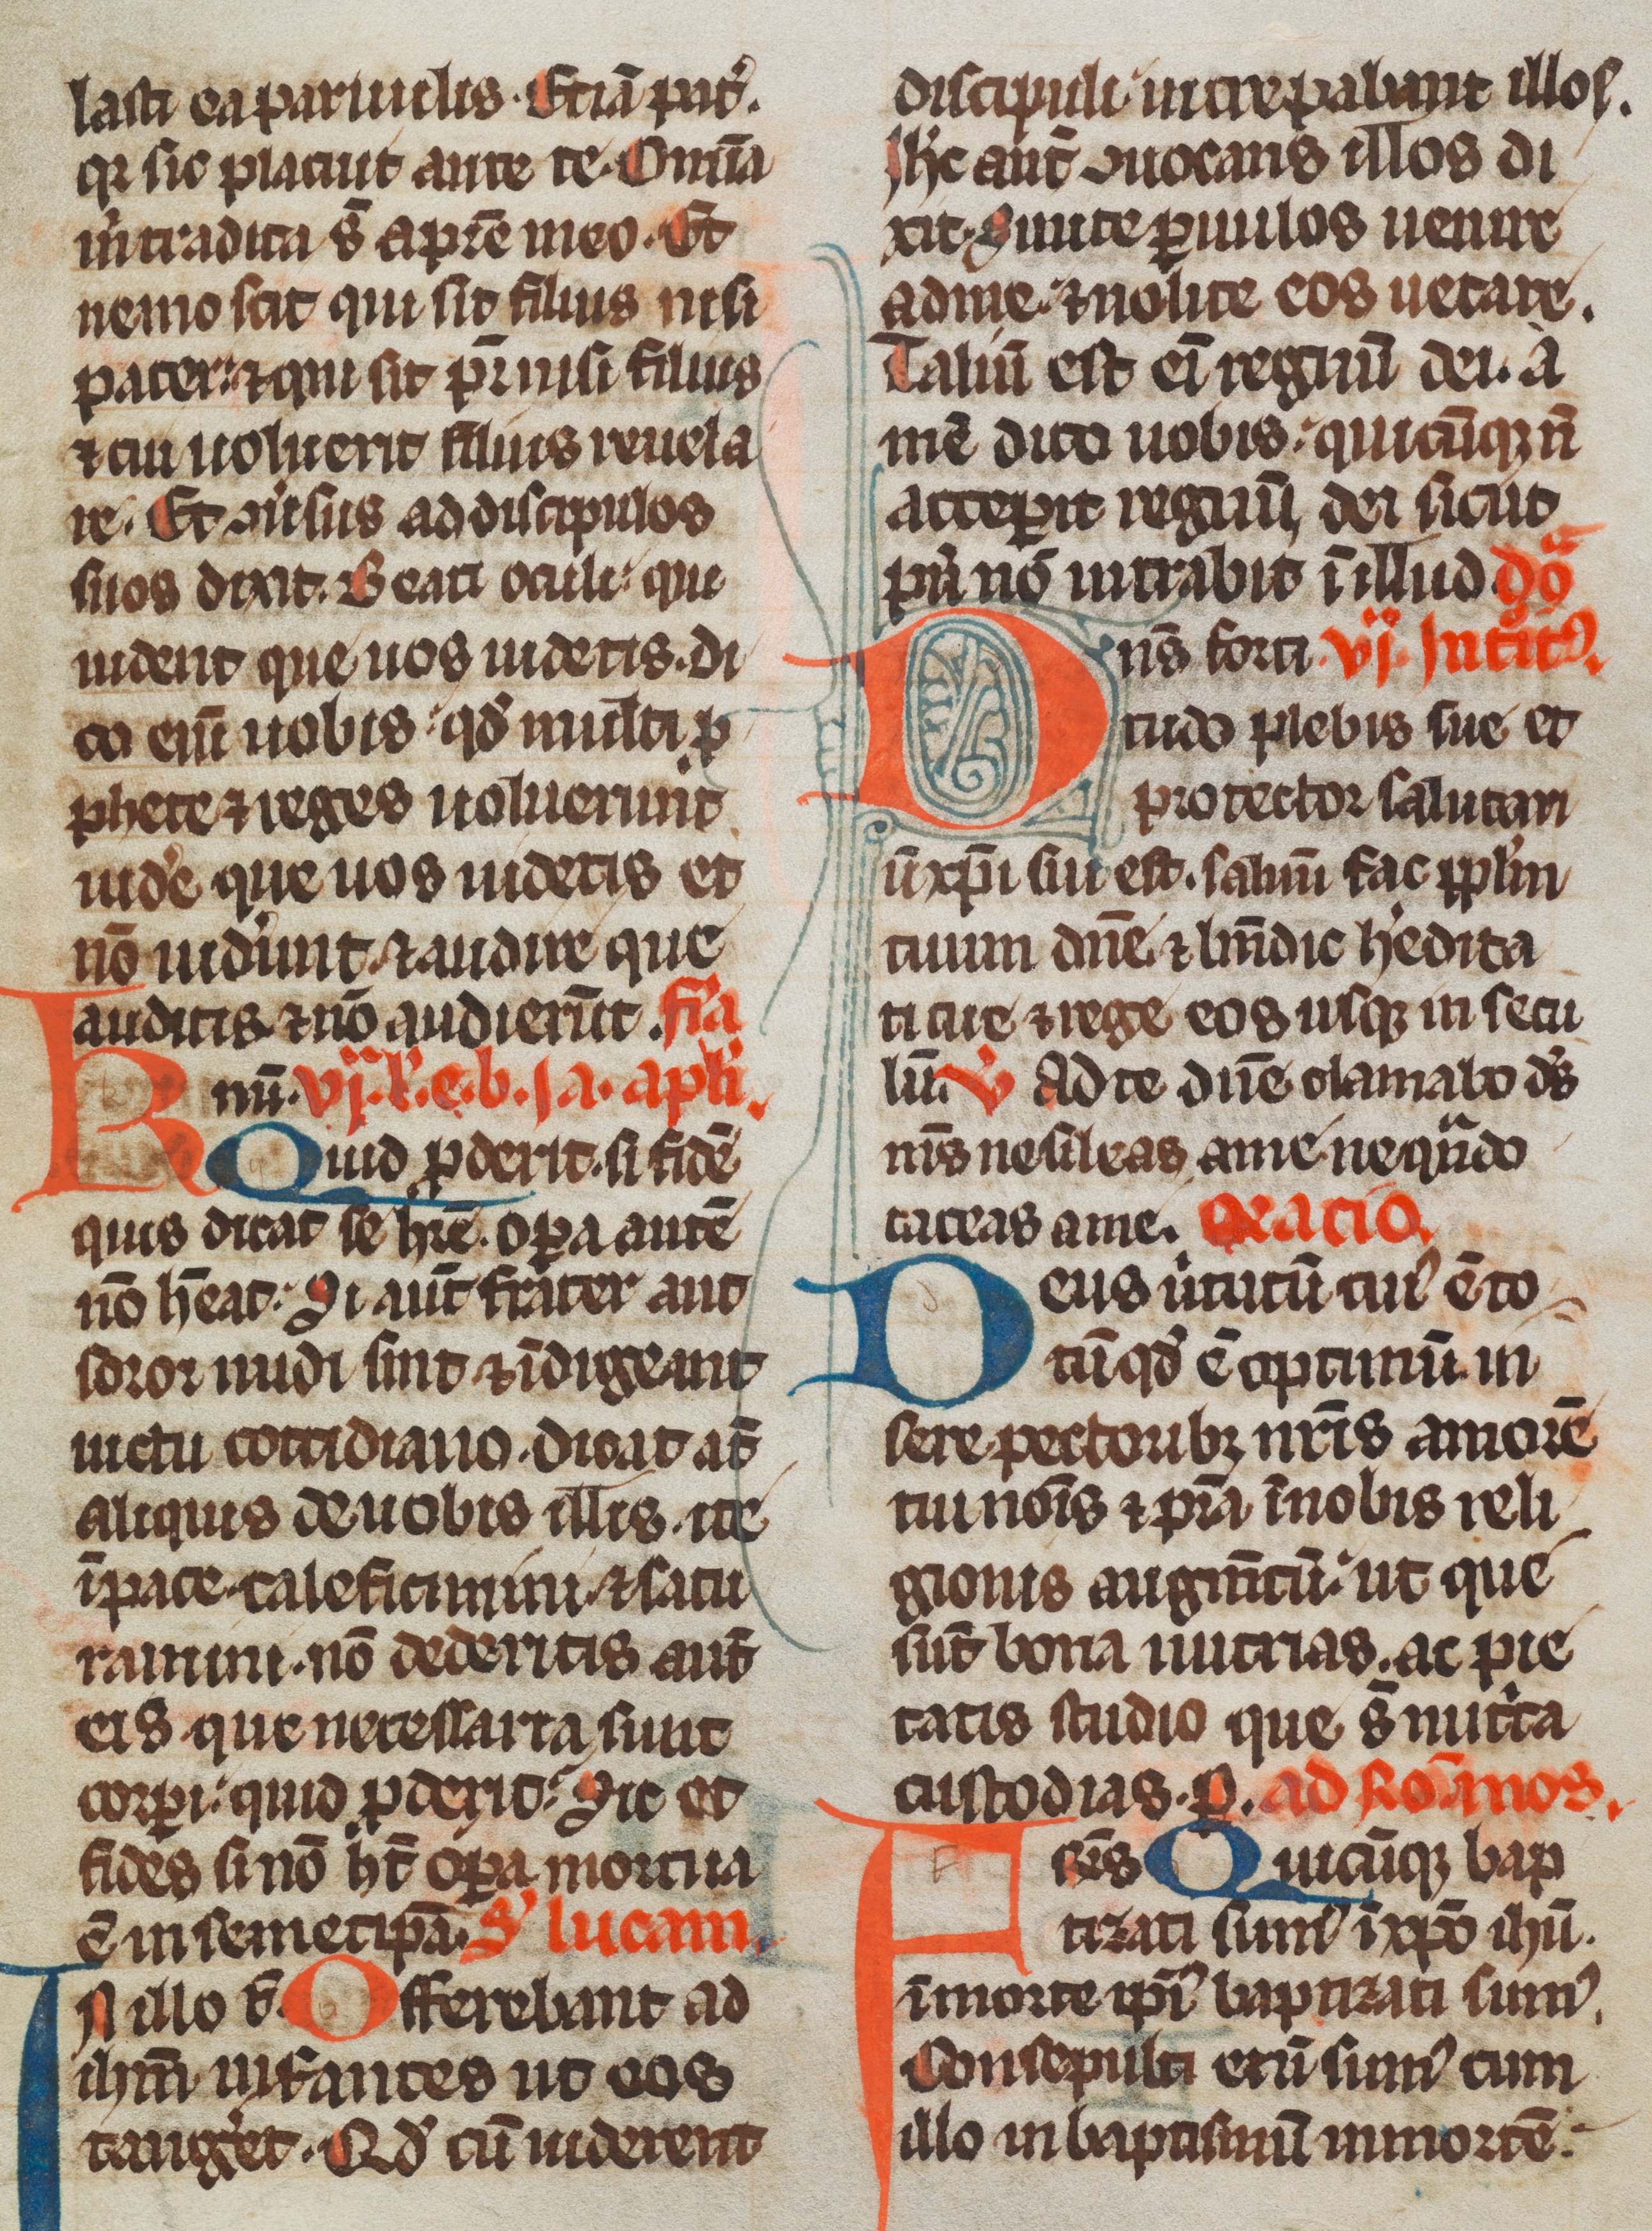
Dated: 1285–1315